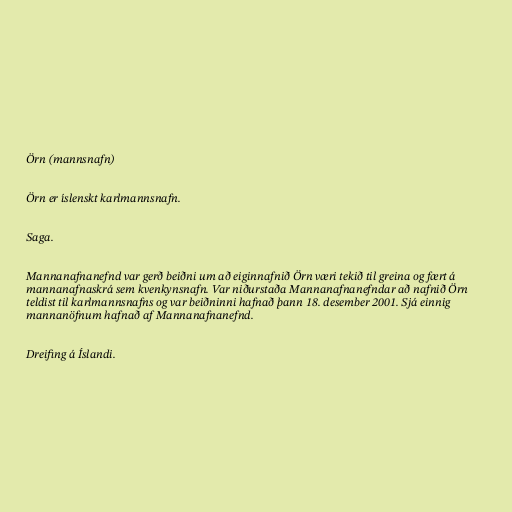
Örn (mannsnafn)

Örn er íslenskt karlmannsnafn.

Saga.

Mannanafnanefnd var gerð beiðni um að eiginnafnið Örn væri tekið til greina og fært á
mannanafnaskrá sem kvenkynsnafn. Var niðurstaða Mannanafnanefndar að nafnið Örn
teldist til karlmannsnafns og var beiðninni hafnað þann 18. desember 2001. Sjá einnig
mannanöfnum hafnað af Mannanafnanefnd.

Dreifing á Íslandi.